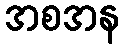
အစအန